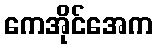
ကေအိုင်အေက